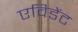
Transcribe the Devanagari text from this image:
एविडेंट